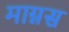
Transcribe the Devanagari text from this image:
माग्नस